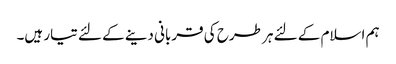
ہم اسلام کے لئے ہر طرح کی قربانی دینے کے لئے تیار ہیں۔